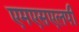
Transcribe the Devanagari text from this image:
एमएसएलपी